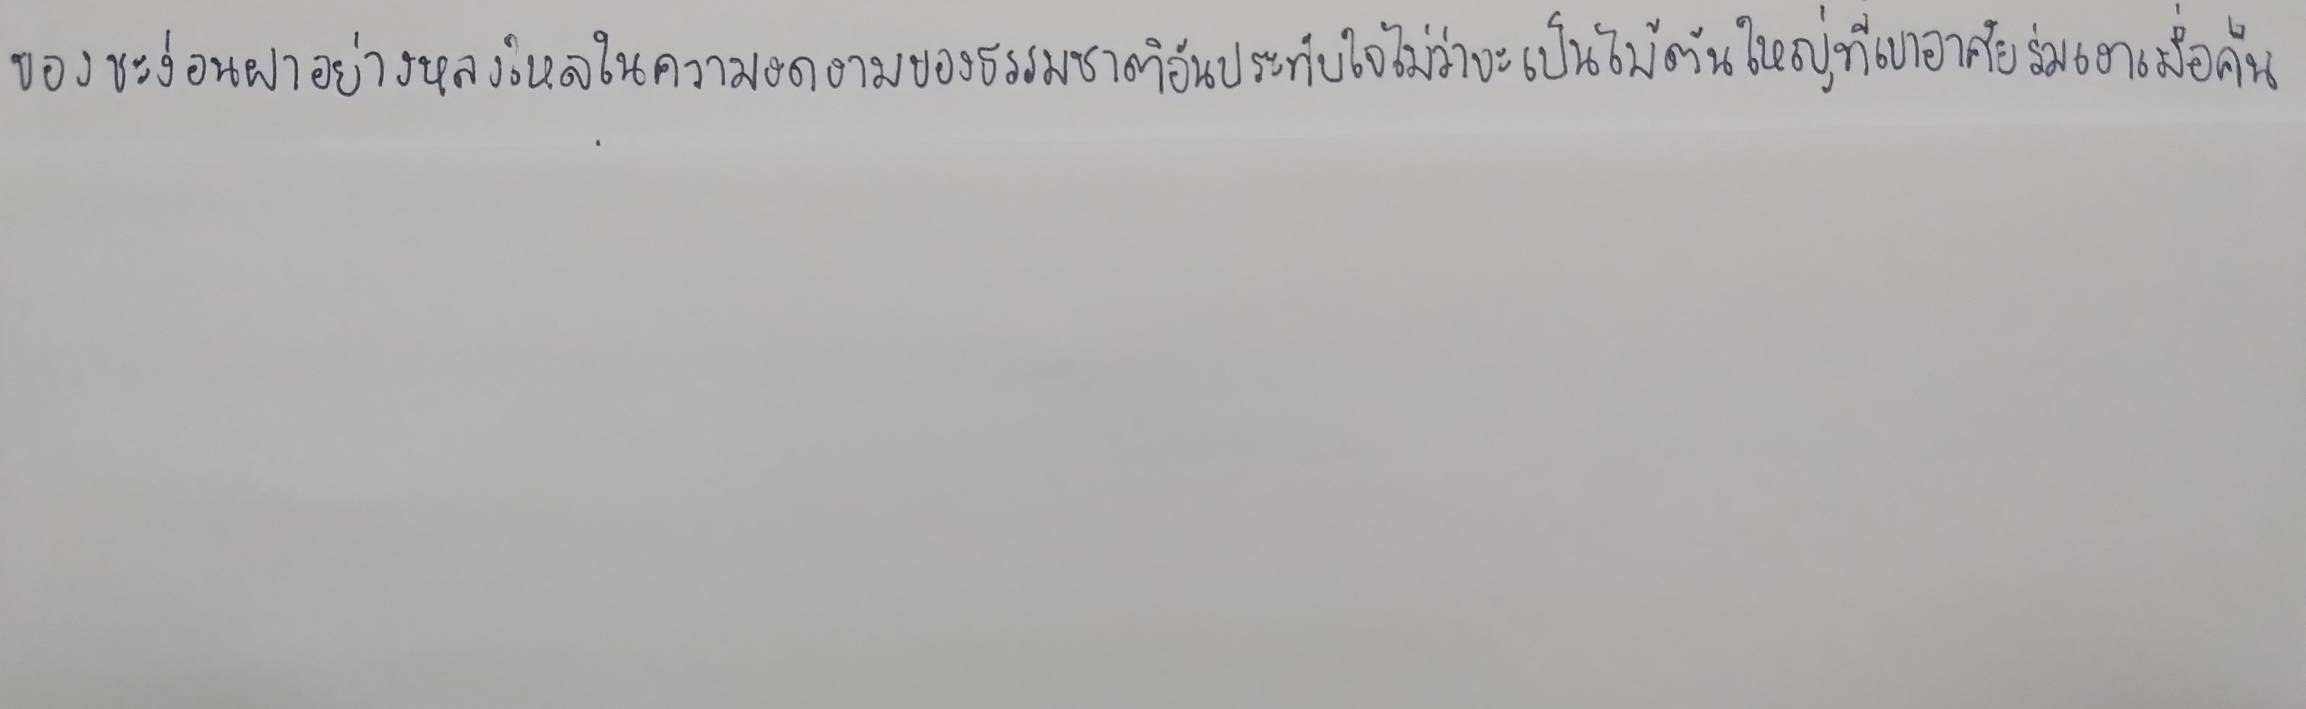
ของชะง่อนผาอย่างหลงใหลในความงดงามของธรรมชาติอันประทับใจไม่ว่าจะเป็นไม้ต้นใหญ่ที่เขาอาศัยร่มเงาเมื่อคืน